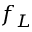
f _ { L }